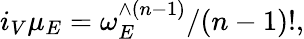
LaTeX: i_{V}\mu_{E}=\omega_{E}^{\wedge(n-1)}/(n-1)!,